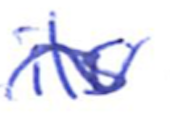
Text: its
Cross-out: wave
Writing tool: ballpoint